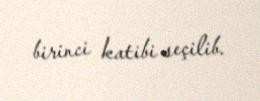
birinci katibi seçilib.